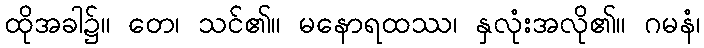
ထိုအခါ၌။ တေ၊ သင်၏။ မနောရထဿ၊ နှလုံးအလို၏။ ဂမနံ၊